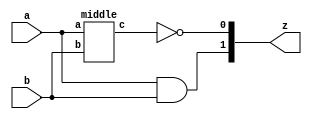
module top (
    input a,
    input b,
    output [1:0] z);
wire n1, n2;

middle M1(.a(a), .b(b), .c(n1));
assign n2 = ~n1;
assign z[0] = n2;

assign z[1] = a & b;
endmodule

module middle (
    input a,
    input b,
    output c);
assign c = a | b;
endmodule